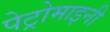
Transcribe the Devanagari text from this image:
पेट्रोमाइनी